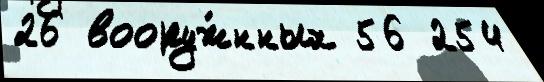
26 вооруж́нных 56 254